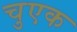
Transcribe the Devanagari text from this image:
चुएक